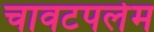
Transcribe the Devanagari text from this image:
चावटपलेम